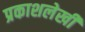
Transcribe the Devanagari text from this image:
प्रकाशलेखी